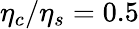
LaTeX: \eta_{c}/\eta_{s}=0.5